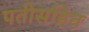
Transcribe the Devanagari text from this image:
पतीसहित